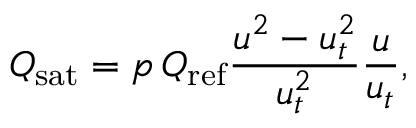
Q _ { \mathrm { s a t } } = p \, Q _ { \mathrm { r e f } } \frac { u ^ { 2 } - u _ { t } ^ { 2 } } { u _ { t } ^ { 2 } } \frac { u } { u _ { t } } ,